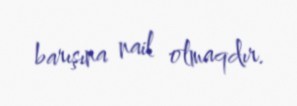
barışına nail olmaqdır.